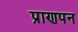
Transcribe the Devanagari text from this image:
प्राणपन